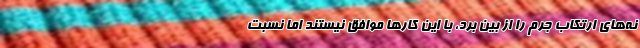
نه‌های ارتکاب جرم را از بین برد، با این کارها موافق نیستند اما نسبت